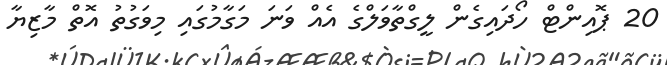
20 ޕޮއިންޓް ހޯދައިގެން ލީގްތާވަލްގެ އެއް ވަނަ މަގާމުގައި މިވަގުތު އޮތް މާޒިޔާ